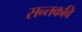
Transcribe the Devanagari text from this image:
सन्तकवि